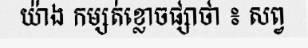
យ៉ាង កម្សត់ខ្លោចផ្សាថា ៖ សព្វ